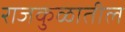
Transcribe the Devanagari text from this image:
राजकुळातील